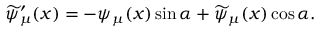
\widetilde { \psi } _ { \mu } ^ { \prime } ( x ) = - \psi _ { \mu } ( x ) \sin \alpha + \widetilde { \psi } _ { \mu } ( x ) \cos \alpha .